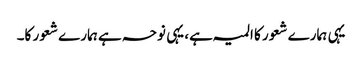
یہی ہمارے شعور کا المیہ ہے، یہی نوحہ ہے ہمارے شعور کا۔